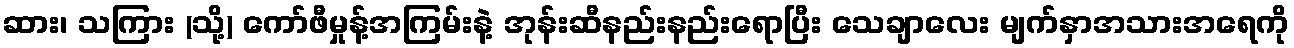
ဆား၊ သကြား (သို့) ကော်ဖီမှုန့်အကြမ်းနဲ့ အုန်းဆီနည်းနည်းရောပြီး သေချာလေး မျက်နှာအသားအရေကို